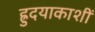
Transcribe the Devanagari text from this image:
ह्रुदयाकाशीं